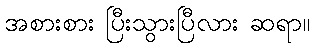
အစားစား ပြီးသွားပြီလား ဆရာ။